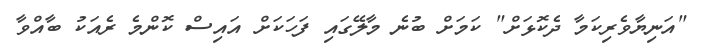
"އަނިޔާވެރިކަމާ ދެކޮޅަށް" ކަމަށް ބުނެ މާލޭގައި ފަހަކަށް އައިސް ކޮންމެ ރެއަކު ބާއްވާ